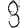
Digit: 8